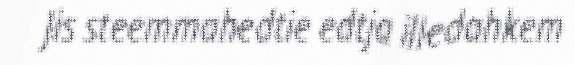
Jis steemmahedtie edtja illedahkem